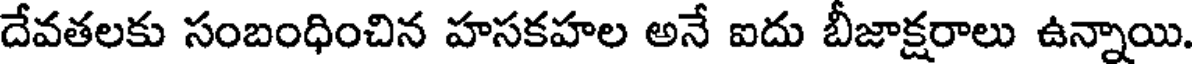
దేవతలకు సంబంధించిన హసకహల అనే ఐదు బీజాక్షరాలు ఉన్నాయి.